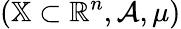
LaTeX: (\mathbb{X}\subset\mathbb{R}^{n},\mathcal{A},\mu)